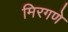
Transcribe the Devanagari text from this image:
मिरगणे